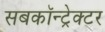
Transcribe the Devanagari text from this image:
सबकॉन्ट्रेक्टर